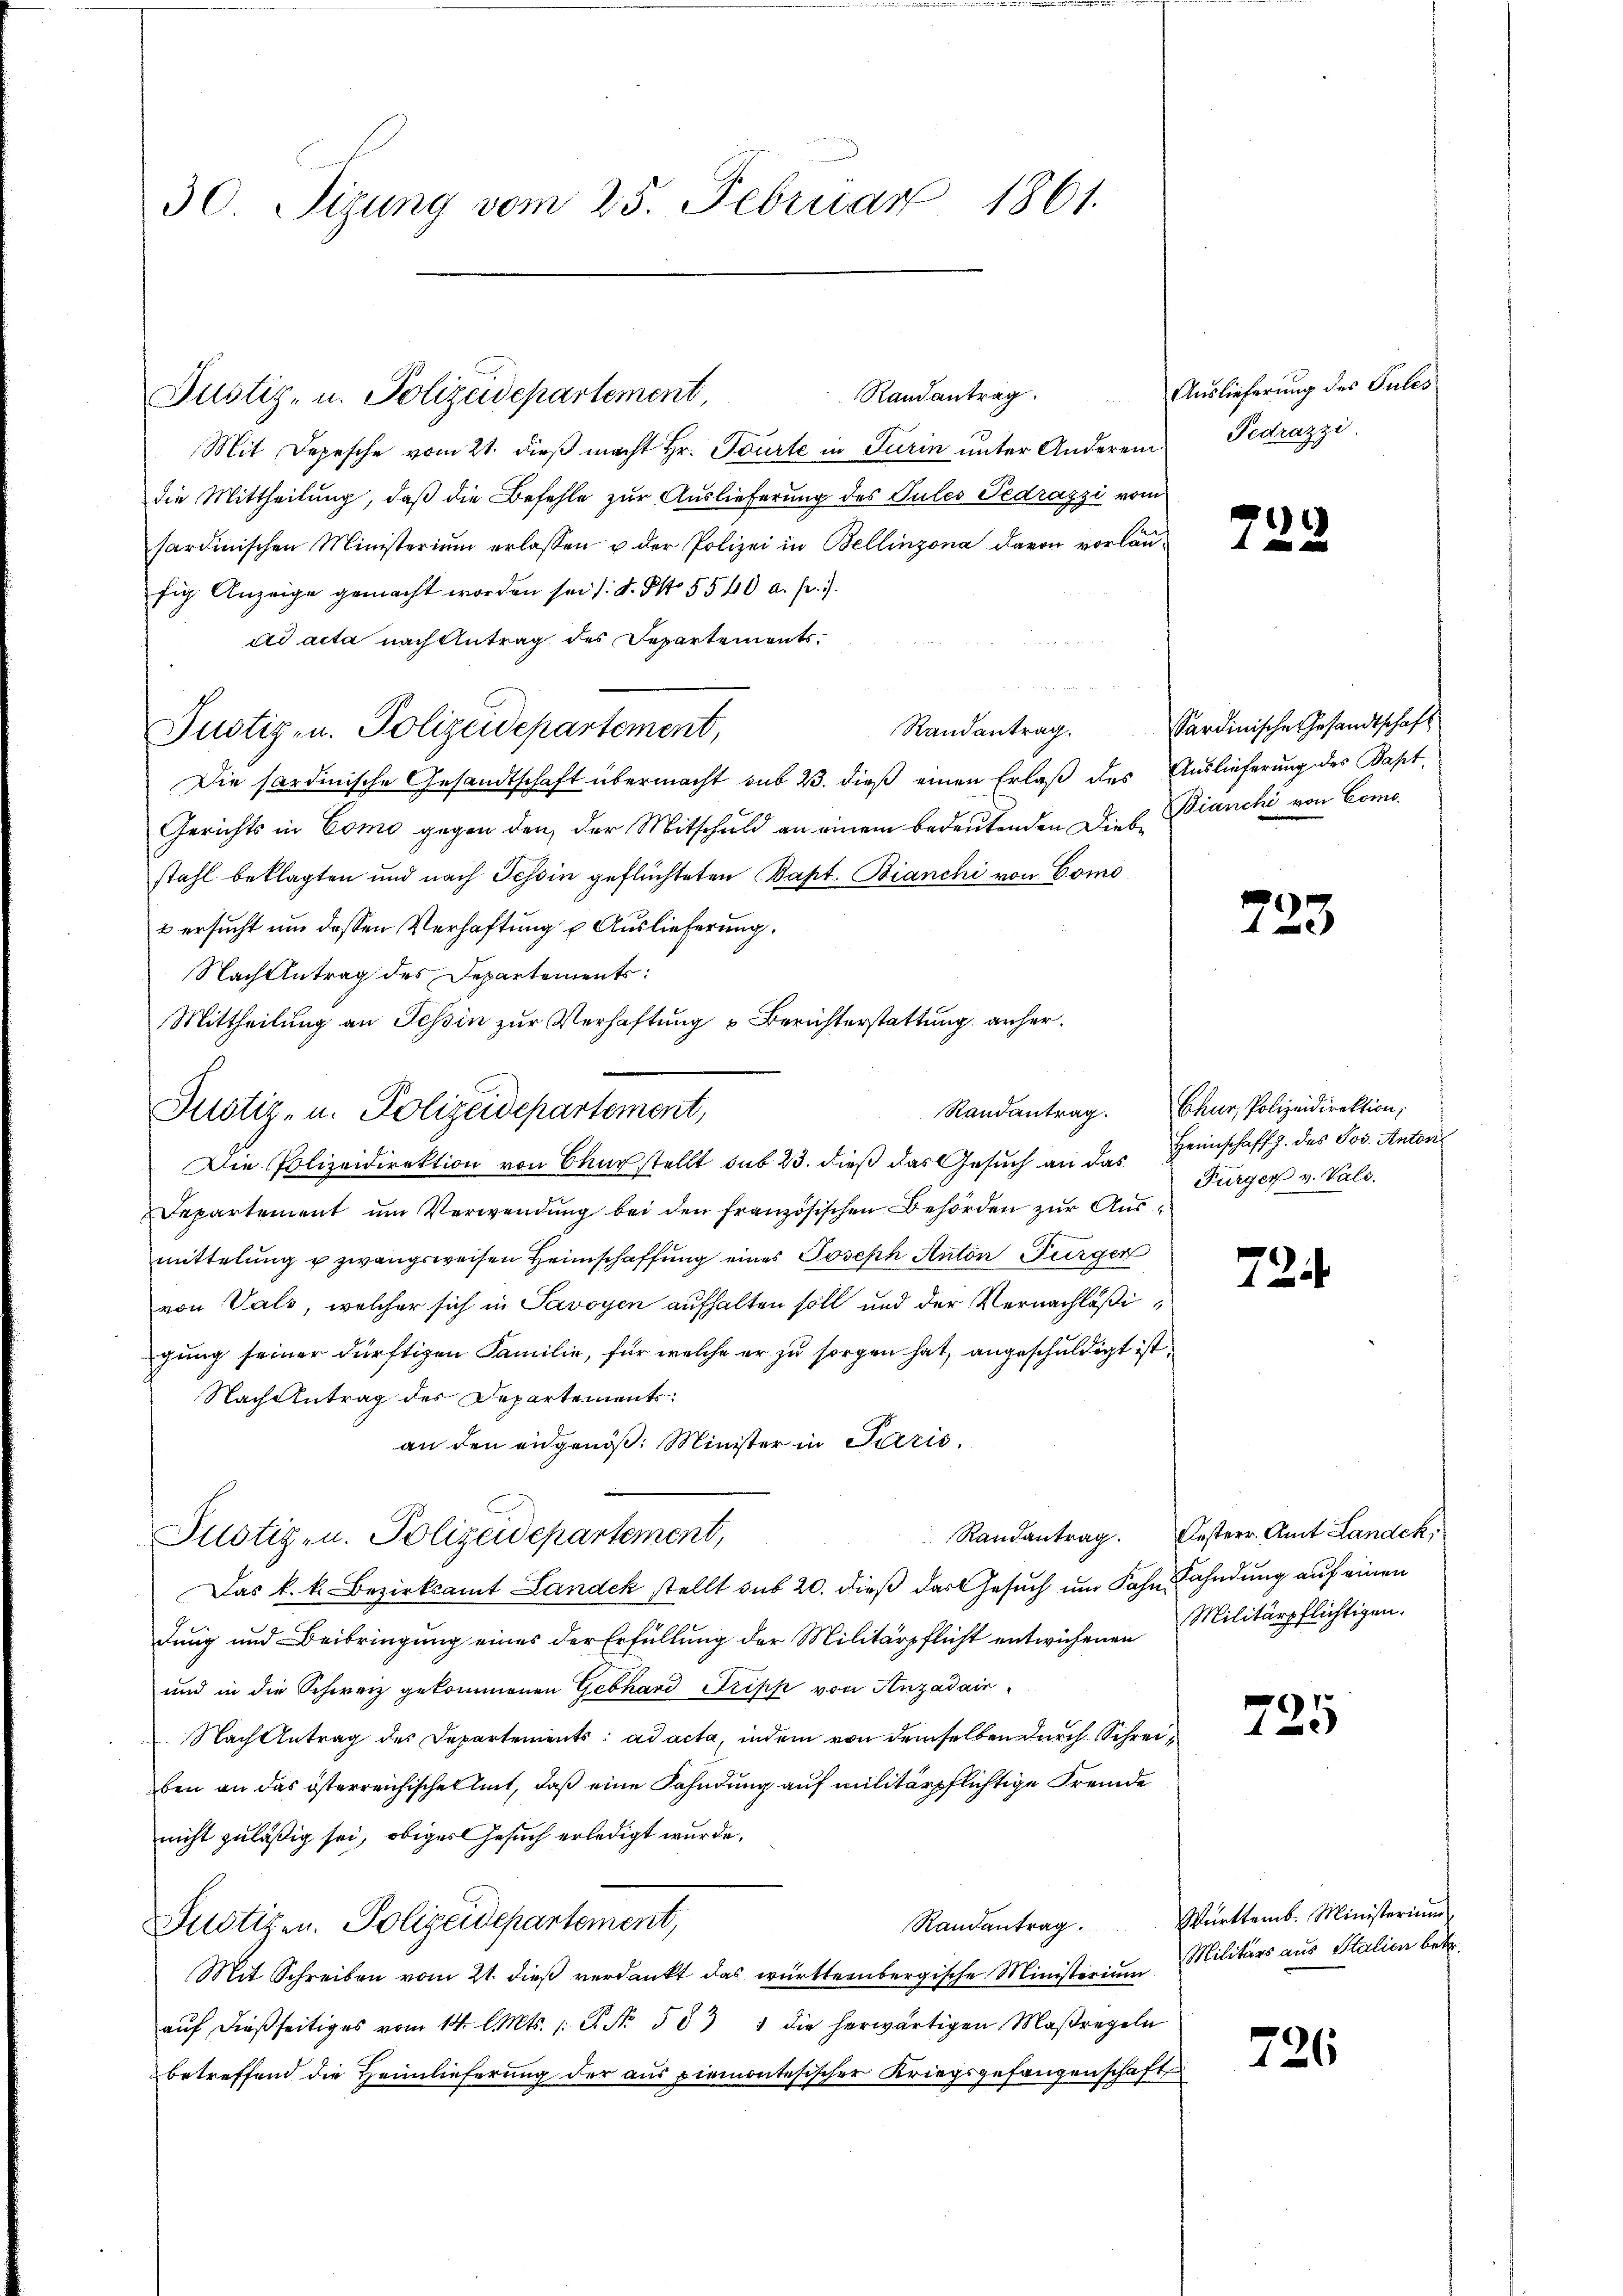
30. Sizung vom 25. Februar 1861.

Justiz- u. Polizeidepartement,
Mit Depesche vom 21. dieß macht Hr. Tourte in Turin unter Anderem
die Mittheilung, daß die Befehle zur Auslieferung des Pules Tedrazzi vom
sardinischen Ministerium erlassen u. der Polizei in Bellinzona davon vorläufig Anzeige gemacht worden sei /: d. S. 5540 a. p. 1.
ad acta nach Antrag des Departements.
Randantrag.
Justiz- u. Polizeidepartement,
Die Sardinische Gesandtschaft übermacht sub 23. dieß einen Erlaß des Auslieferung des Bapt
Gerichts in Como gegen den der Mitschuld an einem bedeutenden Dies Bianchi von Comostahl beklagten und nach Tessin geflüchteten Bapt. Bianchi von Como
& ersucht um dessen Verhaftung u. Auslieferung.
Nach Antrag des Departements:
Mittheilung an Tessin zur Verhaftung u Berichterstattung anher¬
Die Polizeidirektion von Chur stellt sub 23. dieß das Gesŭch an das Heimschaft z. des Jos. Anton¬
Departement ŭm Verwendŭng bei den französischen Behörden zŭr Aŭs-
 |
mittelŭng u zwangsweisen Heimschaffŭng eines Joseph Anton Bürger
von Vals, welcher sich in Savoyen aufhalten soll und der Vernachläßigung seiner dürftigen Familie, für welche er zu sorgen hat, angeschuldigt ist,
Nach Antrag des Departements
an den eidgenöß. Minister in Paris.
Justizen. Polizeidepartement,
Das k. k. Bezirksamt Landek stellt sub 20. dieß das Gesuch um Fahr ahndung auf einen
dung und Beibringung eines der Erfüllung der Militärpflicht entwichenen Militärpflichtigen¬
und in die Schweiz gekommenen Gebhard Frist von Anzadair
Nach Antrag des Departements: ad acta, indem von demselben durch Schreiben an das österreichischel mit, daß eine Fahndung auf militärpflichtige Fremde
nicht zuläßig sei, obiges Gesuch erledigt wurde.
Justizen. Polizeidepartement,
Randantrag.
Mit Schreiben vom 21. dieß verdankt das württernbergische Ministerium
aŭf dießseitiges vom 14. l. Mts. 1. P. Nr. 583 4 die herwärtigen Maßregeln
betreffend die Heimlieferung der aus piemontesischer Kriegsgefangenschaft

Justiz- u. Polizeidepartement,

Randantrag. Auslieferung des Pules
Pedrazzi

2

Sardinische Gesandtschaft

2.

¬

23

Randantrag. Chur, Polizeidirektion,
Furger v. Vals.

Randantrag. Oesterr. Amt Landek,

5

Württemb. Ministerium
Militärs aus Stalien betr.

6